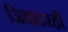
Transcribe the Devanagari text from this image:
जिवावरही